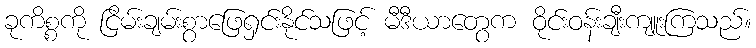
ခုကိစ္စကို ငြိမ်းချမ်းစွာဖြေရှင်းနိုင်သဖြင့် မီဒီယာတွေက ဝိုင်းဝန်းချီးကျူးကြသည်။